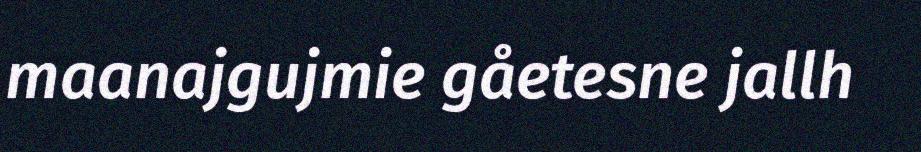
maanajgujmie gåetesne jallh